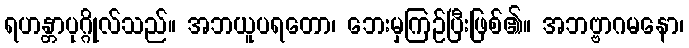
ရဟန္တာပုဂ္ဂိုလ်သည်။ အဘယူပရတော၊ ဘေးမှကြဉ်ပြီးဖြစ်၏။ အဘဗ္ဗာဂမနော၊